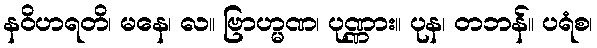
နဝိဟရတိ၊ မနေ၊ လ။ ဗြာဟ္မဏ၊ ပုဏ္ဏား။ ပုန၊ တဘန်။ ပရံစ၊